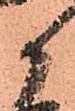
候